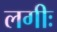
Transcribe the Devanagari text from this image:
लगीः